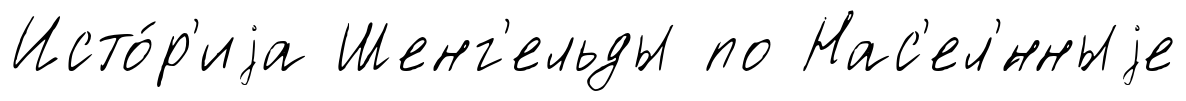
Исто́р'иjа Шенг'ельды по Нас'ел'́нныjе